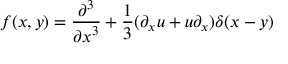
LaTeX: f ( x , y ) = { \frac { \partial ^ { 3 } } { { \partial x } ^ { 3 } } } + { \frac { 1 } { 3 } } ( \partial _ { x } u + u \partial _ { x } ) \delta ( x - y )